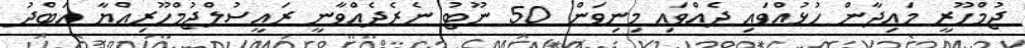
ޖުމްހޫރީ މައިދާން ހުޅުއްވައި ދެއްވައި މިނިވަން 50 ނޫޓު ނެރެދެއްވާނީ ރައީސުލްޖުމްހޫރިއްޔާ އަބްދު